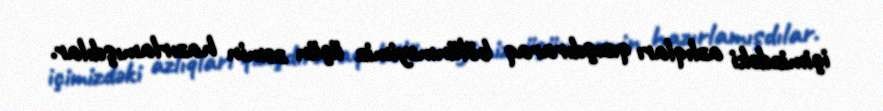
içimizdəki azlıqları qızışdıraraq bölünməyimiz üçün zəmin hazırlamışdılar.